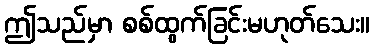
ဤသည်မှာ စစ်ထွက်ခြင်းမဟုတ်သေး။